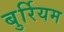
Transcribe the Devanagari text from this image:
बुर्रियम